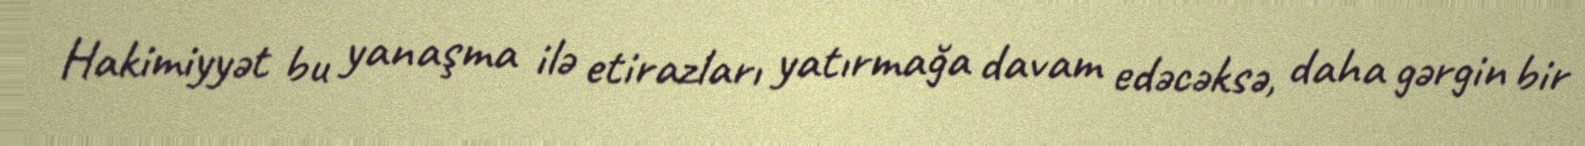
Hakimiyyət bu yanaşma ilə etirazları yatırmağa davam edəcəksə, daha gərgin bir